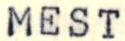
MEST